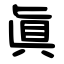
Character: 眞